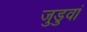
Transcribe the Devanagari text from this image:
जुडुवां